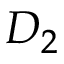
D _ { 2 }